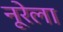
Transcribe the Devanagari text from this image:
नूरेला